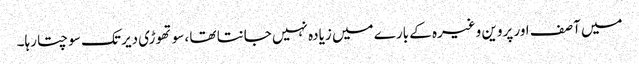
میں آصف اور پروین وغیرہ کے بارے میں زیادہ نہیں جانتا تھا ،سوتھوڑی دیر تک سوچتا رہا۔